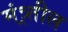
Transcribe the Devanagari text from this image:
मंत्र्र्तील